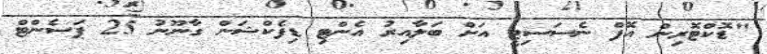
"ޑޮކްޓޮރިން އޮފް ނެސަސިޓީ އަށް ބަލާއިރު އެންޓި ޑިފެކްޝަން ގާނޫނު 25 ޕަސެންޓް